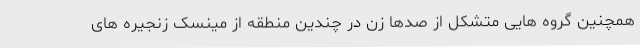
همچنین گروه هایی متشکل از صدها زن در چندین منطقه از مینسک زنجیره های